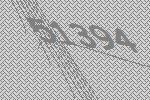
51394